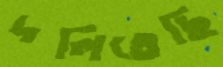
দলিতেছি